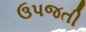
ઉપજતી